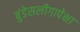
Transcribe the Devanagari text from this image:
बुंडेसलीगापेक्षा